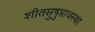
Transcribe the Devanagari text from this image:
शीतसुषुप्तावस्था